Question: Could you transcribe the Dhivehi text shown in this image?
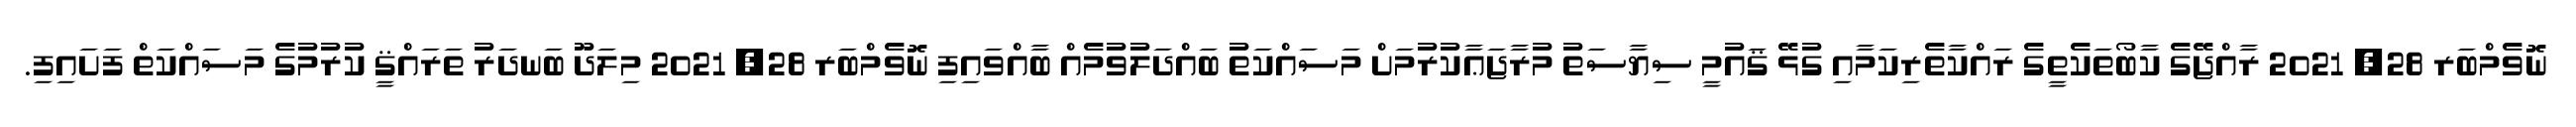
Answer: ނޮވެމްބަރ 28, 2021 ރާއްޖޭގެ ކާބޯތަކެތީގެ ރައްކާތެރިކަމާއި ގުޅޭ ޤައުމީ ސިޔާސަތު މުރާޖަޢާކުރުމަށް މަސައްކަތު ބައްދަލުވުމެއް ބާއްވައިފި ނޮވެމްބަރ 28, 2021 މިލަދޫ ބަނދަރު ތަރައްޤީ ކުރުމުގެ މަސައްކަތް ފަށައިފި.